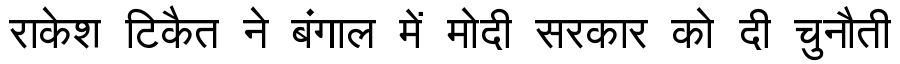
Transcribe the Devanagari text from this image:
राकेश टिकैत ने बंगाल में मोदी सरकार को दी चुनौती